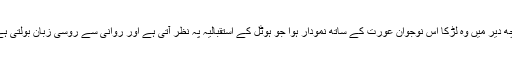
کچھ دیر میں وہ لڑکا اس نوجوان عورت کے ساتھ نمودار ہوا جو ہوٹل کے استقبالیہ پہ نظر آتی ہے اور روانی سے روسی زبان بولتی ہے۔